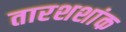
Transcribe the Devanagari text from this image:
तारशशांक